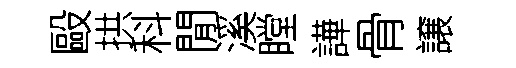
毆拱科閒溪瞠譁骨譲